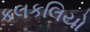
કલકલિયો